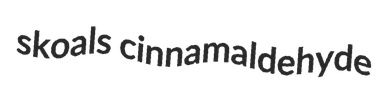
skoals cinnamaldehyde